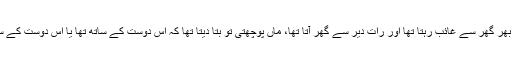
دِن، دِن بھر گھر سے غائب رہتا تھا اور رات دیر سے گھر آتا تھا، ماں پوچھتی تو بتا دیتا تھا کہ اس دوست کے ساتھ تھا یا اُس دوست کے ساتھ تھا۔